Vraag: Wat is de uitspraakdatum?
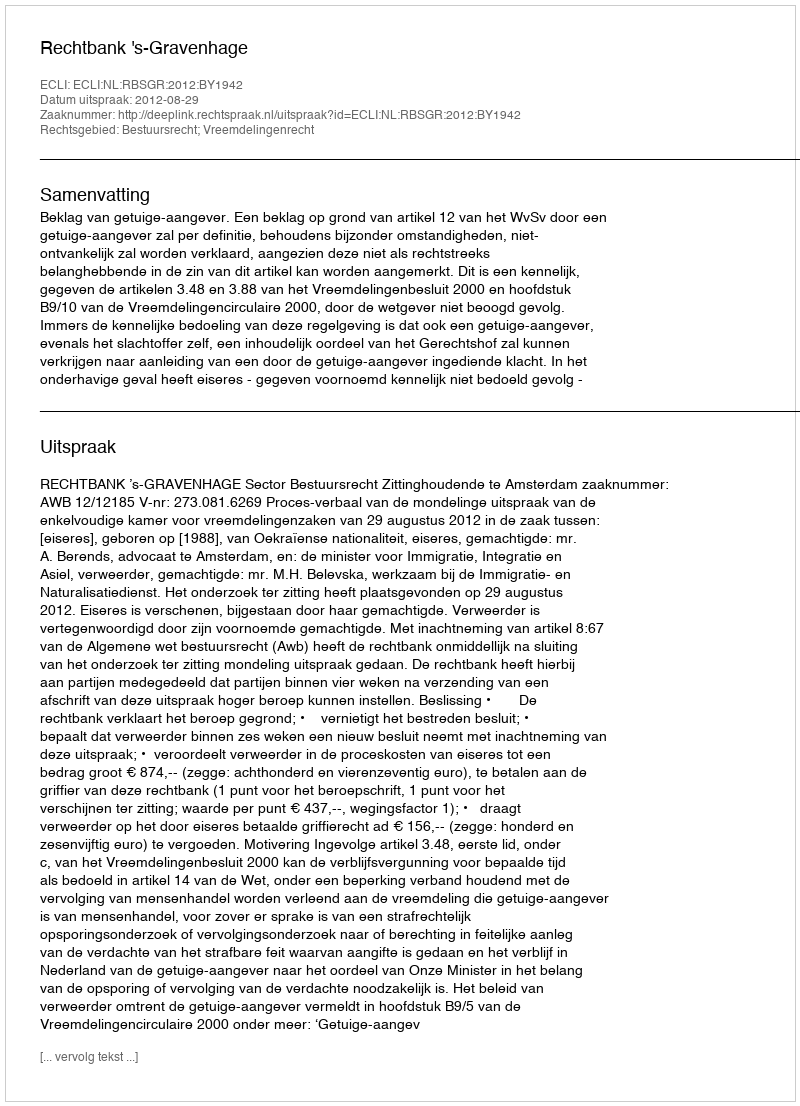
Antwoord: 2012-08-29